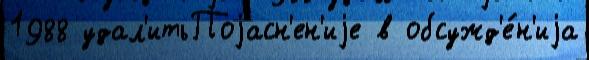
1988 удал'итьПоjасн'ен'иjе в обсужд'е́н'иjа